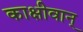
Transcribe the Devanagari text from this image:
काक्षीवान्